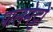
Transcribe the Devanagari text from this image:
पालमेट्टो